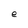
Character: e